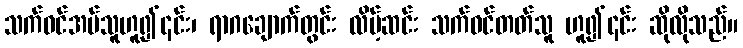
သက်ဝင်အပ်သူဟူ၍၎င်း၊ ရာဂချောက်တွင်း လိမ့်ဆင်း သက်ဝင်တတ်သူ ဟူ၍၎င်း ဆိုလိုသည်။